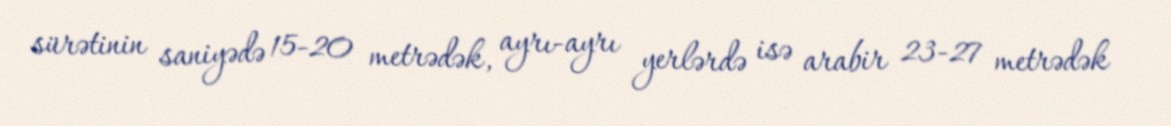
sürətinin saniyədə 15-20 metrədək, ayrı-ayrı yerlərdə isə arabir 23-27 metrədək